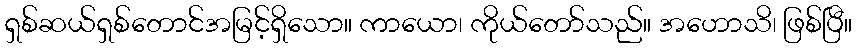
ရှစ်ဆယ်ရှစ်တောင်အမြင့်ရှိသော။ ကာယော၊ ကိုယ်တော်သည်။ အဟောသိ၊ ဖြစ်ပြီ။